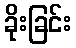
ခိုးခြင်း